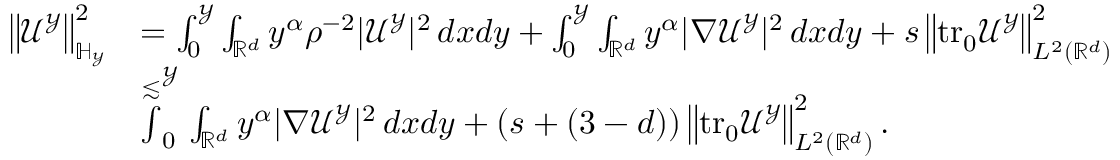
\begin{array} { r l } { \left\| \mathcal { U } ^ { \mathcal { Y } } \right\| _ { \mathbb { H } _ { \mathcal { Y } } } ^ { 2 } } & { = \int _ { 0 } ^ { \mathcal { Y } } \int _ { \mathbb { R } ^ { d } } { y ^ { \alpha } \rho ^ { - 2 } | \mathcal { U } ^ { \mathcal { Y } } | ^ { 2 } \, d x } d y + \int _ { 0 } ^ { \mathcal { Y } } \int _ { \mathbb { R } ^ { d } } { y ^ { \alpha } | \nabla \mathcal { U } ^ { \mathcal { Y } } | ^ { 2 } \, d x } d y + s \left\| \mathrm { t r _ { 0 } } \mathcal { U } ^ { \mathcal { Y } } \right\| _ { L ^ { 2 } ( \mathbb { R } ^ { d } ) } ^ { 2 } } \\ & { \stackrel { \lesssim } \int _ { 0 } ^ { \mathcal { Y } } \int _ { \mathbb { R } ^ { d } } { y ^ { \alpha } | \nabla \mathcal { U } ^ { \mathcal { Y } } | ^ { 2 } \, d x } d y + ( s + ( 3 - d ) ) \left\| \mathrm { t r _ { 0 } } \mathcal { U } ^ { \mathcal { Y } } \right\| _ { L ^ { 2 } ( \mathbb { R } ^ { d } ) } ^ { 2 } . } \end{array}